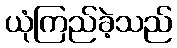
ယုံကြည်ခဲ့သည်